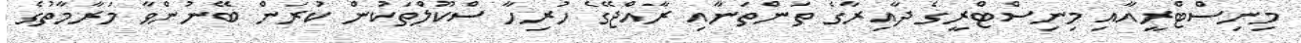
މިނިސްޓްރީއާއި މިނިސްޓްރީގެ ދާއިރާގެ ތަންތަނާއި ރާއްޖޭގެ ހުރިހާ ސްކޫލްތަކުން ކުރަން ބޭނުންވާ މަރާމާތުގެ